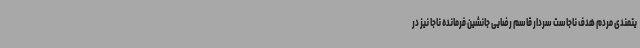
یتمندی مردم هدف ناجاست سردار قاسم رضایی جانشین فرمانده ناجا نیز در